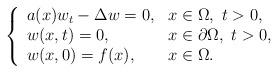
LaTeX: \begin{align*}\left\{\begin{array}{ll}a(x)w_{t}-\Delta w = 0,& x\in \Omega,\ t>0,\\w(x,t)=0,&x\in \partial \Omega, \ t>0,\\w(x,0) = f(x),&x\in \Omega.\end{array}\right.\end{align*}